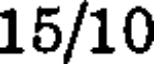
15/10